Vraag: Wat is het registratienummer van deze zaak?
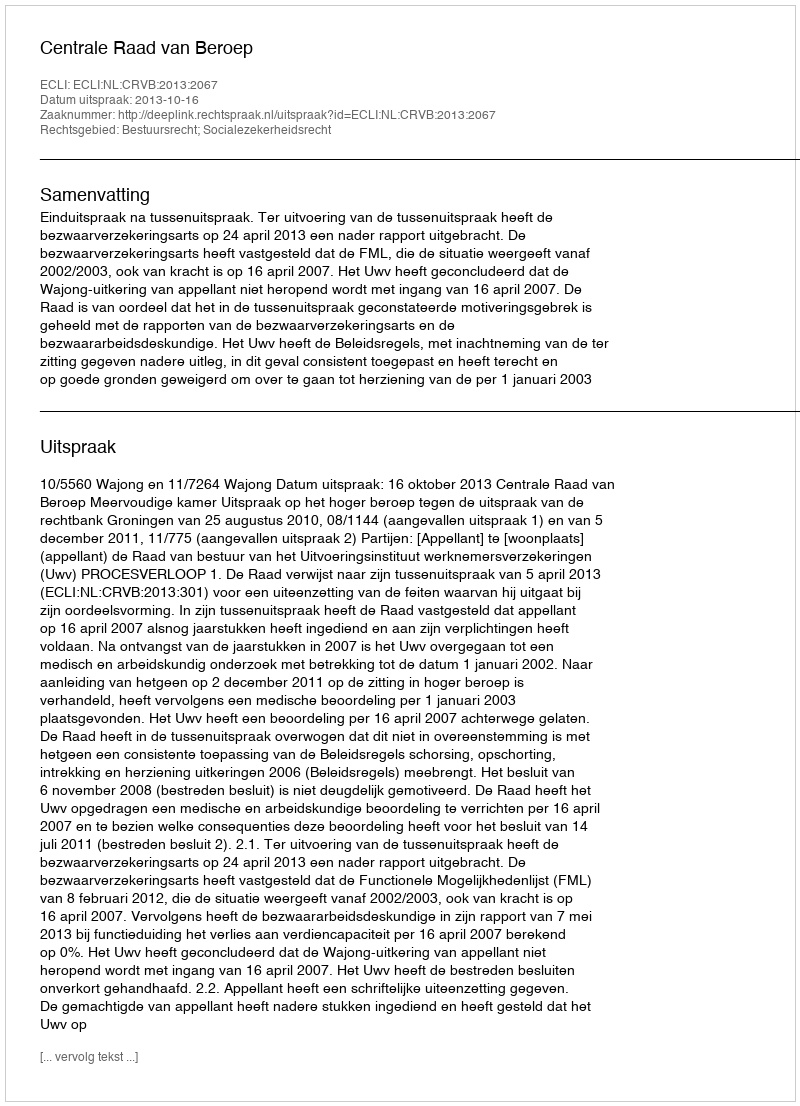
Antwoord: http://deeplink.rechtspraak.nl/uitspraak?id=ECLI:NL:CRVB:2013:2067